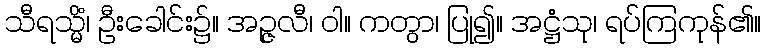
သီရသ္မိံ၊ ဦးခေါင်း၌။ အဉ္ဇလီ၊ ဝါ။ ကတွာ၊ ပြု၍။ အဋ္ဌံသု၊ ရပ်ကြကုန်၏။